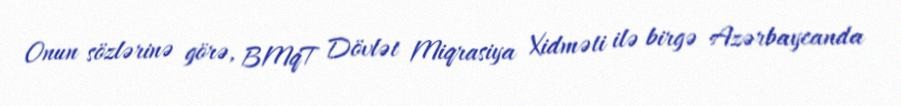
Onun sözlərinə görə, BMqT Dövlət Miqrasiya Xidməti ilə birgə Azərbaycanda